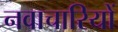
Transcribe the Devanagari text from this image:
नवाचारियों